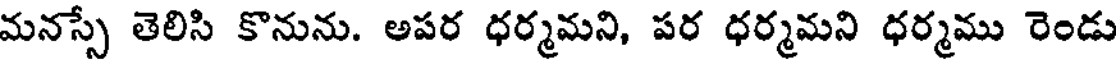
మనస్సే తెలిసి కొనును. అపర ధర్మమని, పర ధర్మమని ధర్మము రెండు